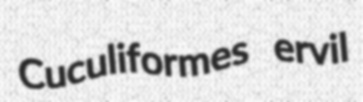
Cuculiformes ervil